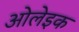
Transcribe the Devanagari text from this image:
ओलेइक